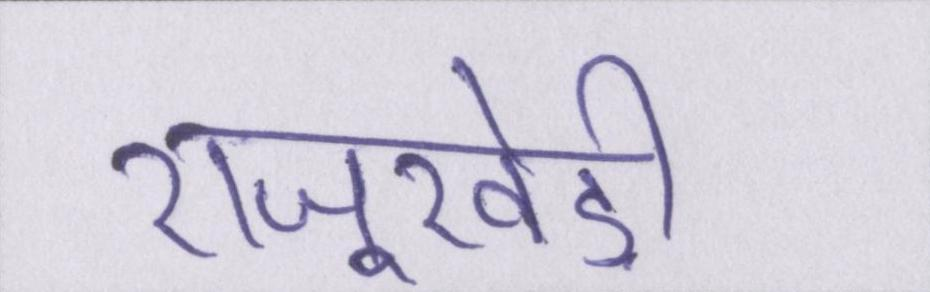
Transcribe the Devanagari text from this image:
राजूखेड़ी